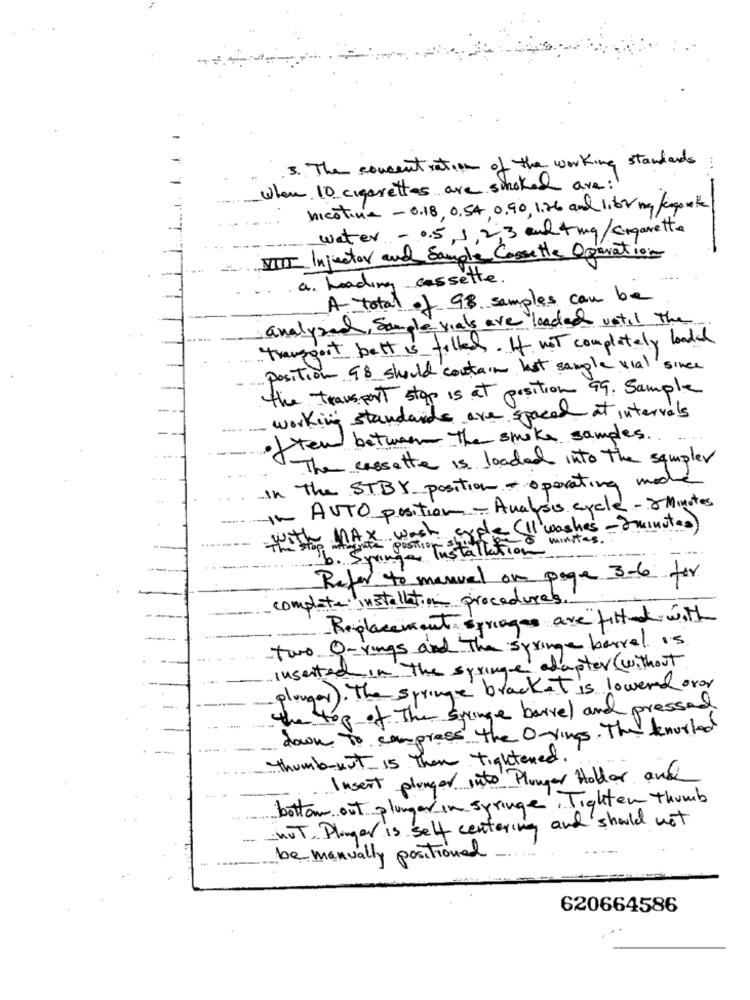
3. The concentration of the working standards
When 10 cigarettes are stroked are:
nicotine - 0.18, 0,54, 0.90, 1.26 and 1,6 2 mg/enganothe
water - 0.5, 1, 2,3 and 4 mg/cigarette
VIII Injector and Sample Cassette Operation
-.
... a. Loading cassette.
A total of 98 samples can be
analyzed, Sample vials are loaded until The
Transport bett is filled. If not completely loaded
Position 98 should contain lost sample vial since
the transport stop is at position 99. Sample
-working standards are spaced at intervals
often between The smoke samples.
The cassette is loaded into the sampler
in the STBY position + operating mod
In AUTO position - Analysis cycle - 2 Minutes
with MAX wash cycle (II washes -2minutes)
0 minutes .
POSTion
b. Syang- Installation
Refer to manuel on page 3-6 for
complete installation procedures.
Replacement springas are fitted with
two O-rings and The springe barrel is
inserted in the springe adapter (without
plunger). The springe bracket is lowered over
the top of The strange barrel and pressed
down To compress the o-rings. The knurled
Thumb-rust is Then tightened .!
Insert plunger into Plunger Holder and
bottom out plunger in syringe , Tighten Thumb
NUT. Plunger is self centering and should not
be manually positioned
620664586